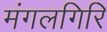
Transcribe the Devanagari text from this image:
मंगलगिरि